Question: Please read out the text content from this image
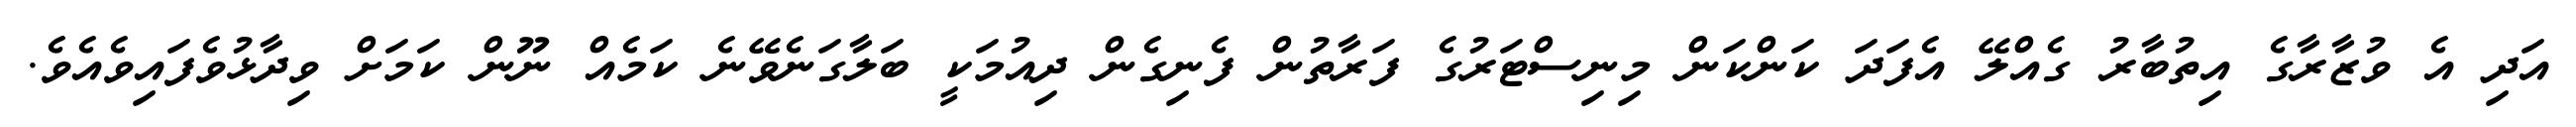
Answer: އަދި އެ ވުޒާރާގެ އިތުބާރު ގެއްލޭ އެފަދަ ކަންކަން މިނިސްޓަރުގެ ފަރާތުން ފެނިގެން ދިއުމަކީ ބަލާގަނެވޭނެ ކަމެއް ނޫން ކަމަށް ވިދާޅުވެފައިވެއެވެ.